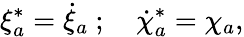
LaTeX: \xi_{a}^{*}=\dot{\xi}_{a}~;~~~~\dot{\chi}_{a}^{*}=\chi_{a},